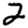
Digit: 2